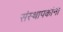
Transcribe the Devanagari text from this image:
संस्थापकांना